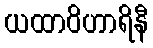
ယထာဝိဟာရိနီ